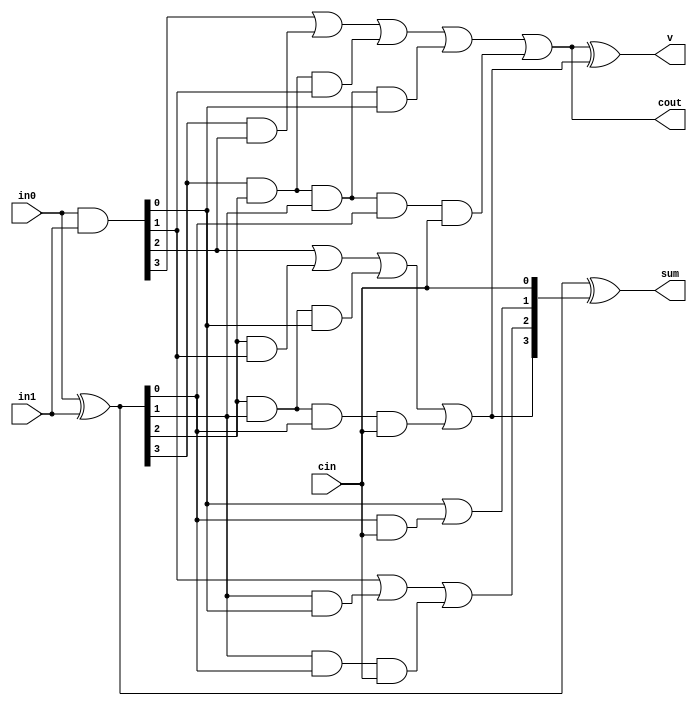
module carry_lookahead_adder_4bit(in0,in1, cin, sum, cout, v);

	input [3:0] in0,in1;
	input cin;
	output [3:0] sum;
	output cout;
	output v;
 
	wire [3:0] p,g,c;
 
	assign p = in0 ^ in1;
	assign g = in0 & in1;
 
	assign c[0] = cin;
	assign c[1] = g[0] | (p[0] & c[0]);
	assign c[2] = g[1] | (p[1] & g[0]) | (p[1] & p[0] & c[0]);
	assign c[3] = g[2] | (p[2] & g[1]) | (p[2] & p[1] & g[0]) | (p[2] & p[1] & p[0] & c[0]);
	assign cout = g[3] | (p[3] & g[2]) | (p[3] & p[2] & g[1]) | (p[3] & p[2] & p[1] & g[0]) | (p[3] & p[2] & p[1] & p[0] & c[0]);
	
	assign v = cout ^ c[3];
	assign sum = p ^ c;
 
endmodule